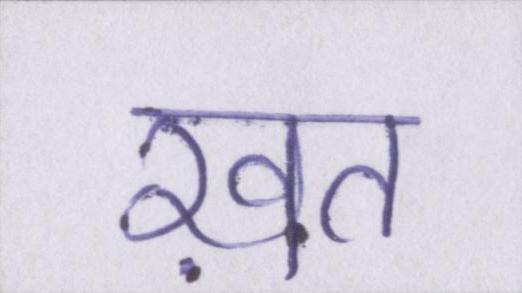
ख़त